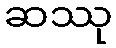
ဆဿု